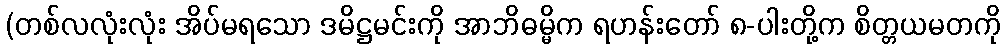
(တစ်လလုံးလုံး အိပ်မရသော ဒမိဋ္ဌမင်းကို အာဘိဓမ္မိက ရဟန်းတော် ၈-ပါးတို့က စိတ္တယမတကို